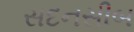
સદનસીબ